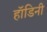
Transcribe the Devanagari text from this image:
हॉडिनी